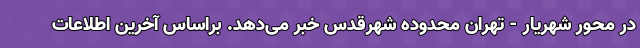
در محور شهریار - تهران محدوده شهرقدس خبر می‌دهد. براساس آخرین اطلاعات